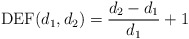
\begin{align*}\mathrm{DEF}(d_1,d_2) = \frac{d_2-d_1}{d_1}+1\end{align*}